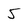
Character: 5